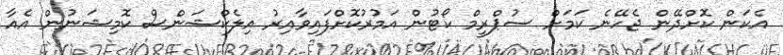
އެކަން ކޮށްދޭން ޖެހޭނެ ކަމަށް ސުޕްރީމް ކޯޓުން އަމުރުކޮށްފައިވާއިރު އިލެކްޝަންސް ކޮމިޝަނުން އެއާ